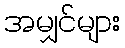
အမျှင်များ